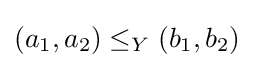
(a_{1},a_{2})\leq _{Y}(b_{1},b_{2})